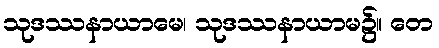
သုဒဿနာယာမေ၊ သုဒဿနာယာမ၌။ တေ